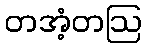
တအံ့တဩ